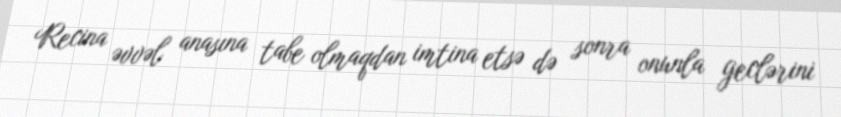
Recina əvvəl anasına tabe olmaqdan imtina etsə də sonra onunla geclərini